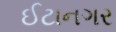
ઈટાનગર